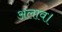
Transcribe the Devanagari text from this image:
अलाव।